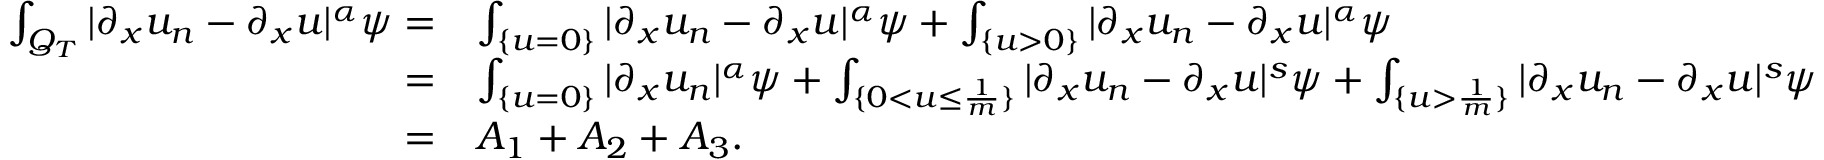
\begin{array} { r l } { \int _ { Q _ { T } } | \partial _ { x } u _ { n } - \partial _ { x } u | ^ { \alpha } \psi = } & { \int _ { \{ u = 0 \} } | \partial _ { x } u _ { n } - \partial _ { x } u | ^ { \alpha } \psi + \int _ { \{ u > 0 \} } | \partial _ { x } u _ { n } - \partial _ { x } u | ^ { \alpha } \psi } \\ { = } & { \int _ { \{ u = 0 \} } | \partial _ { x } u _ { n } | ^ { \alpha } \psi + \int _ { \{ 0 < u \leq \frac { 1 } { m } \} } | \partial _ { x } u _ { n } - \partial _ { x } u | ^ { s } \psi + \int _ { \{ u > \frac { 1 } { m } \} } | \partial _ { x } u _ { n } - \partial _ { x } u | ^ { s } \psi } \\ { = } & { A _ { 1 } + A _ { 2 } + A _ { 3 } . } \end{array}